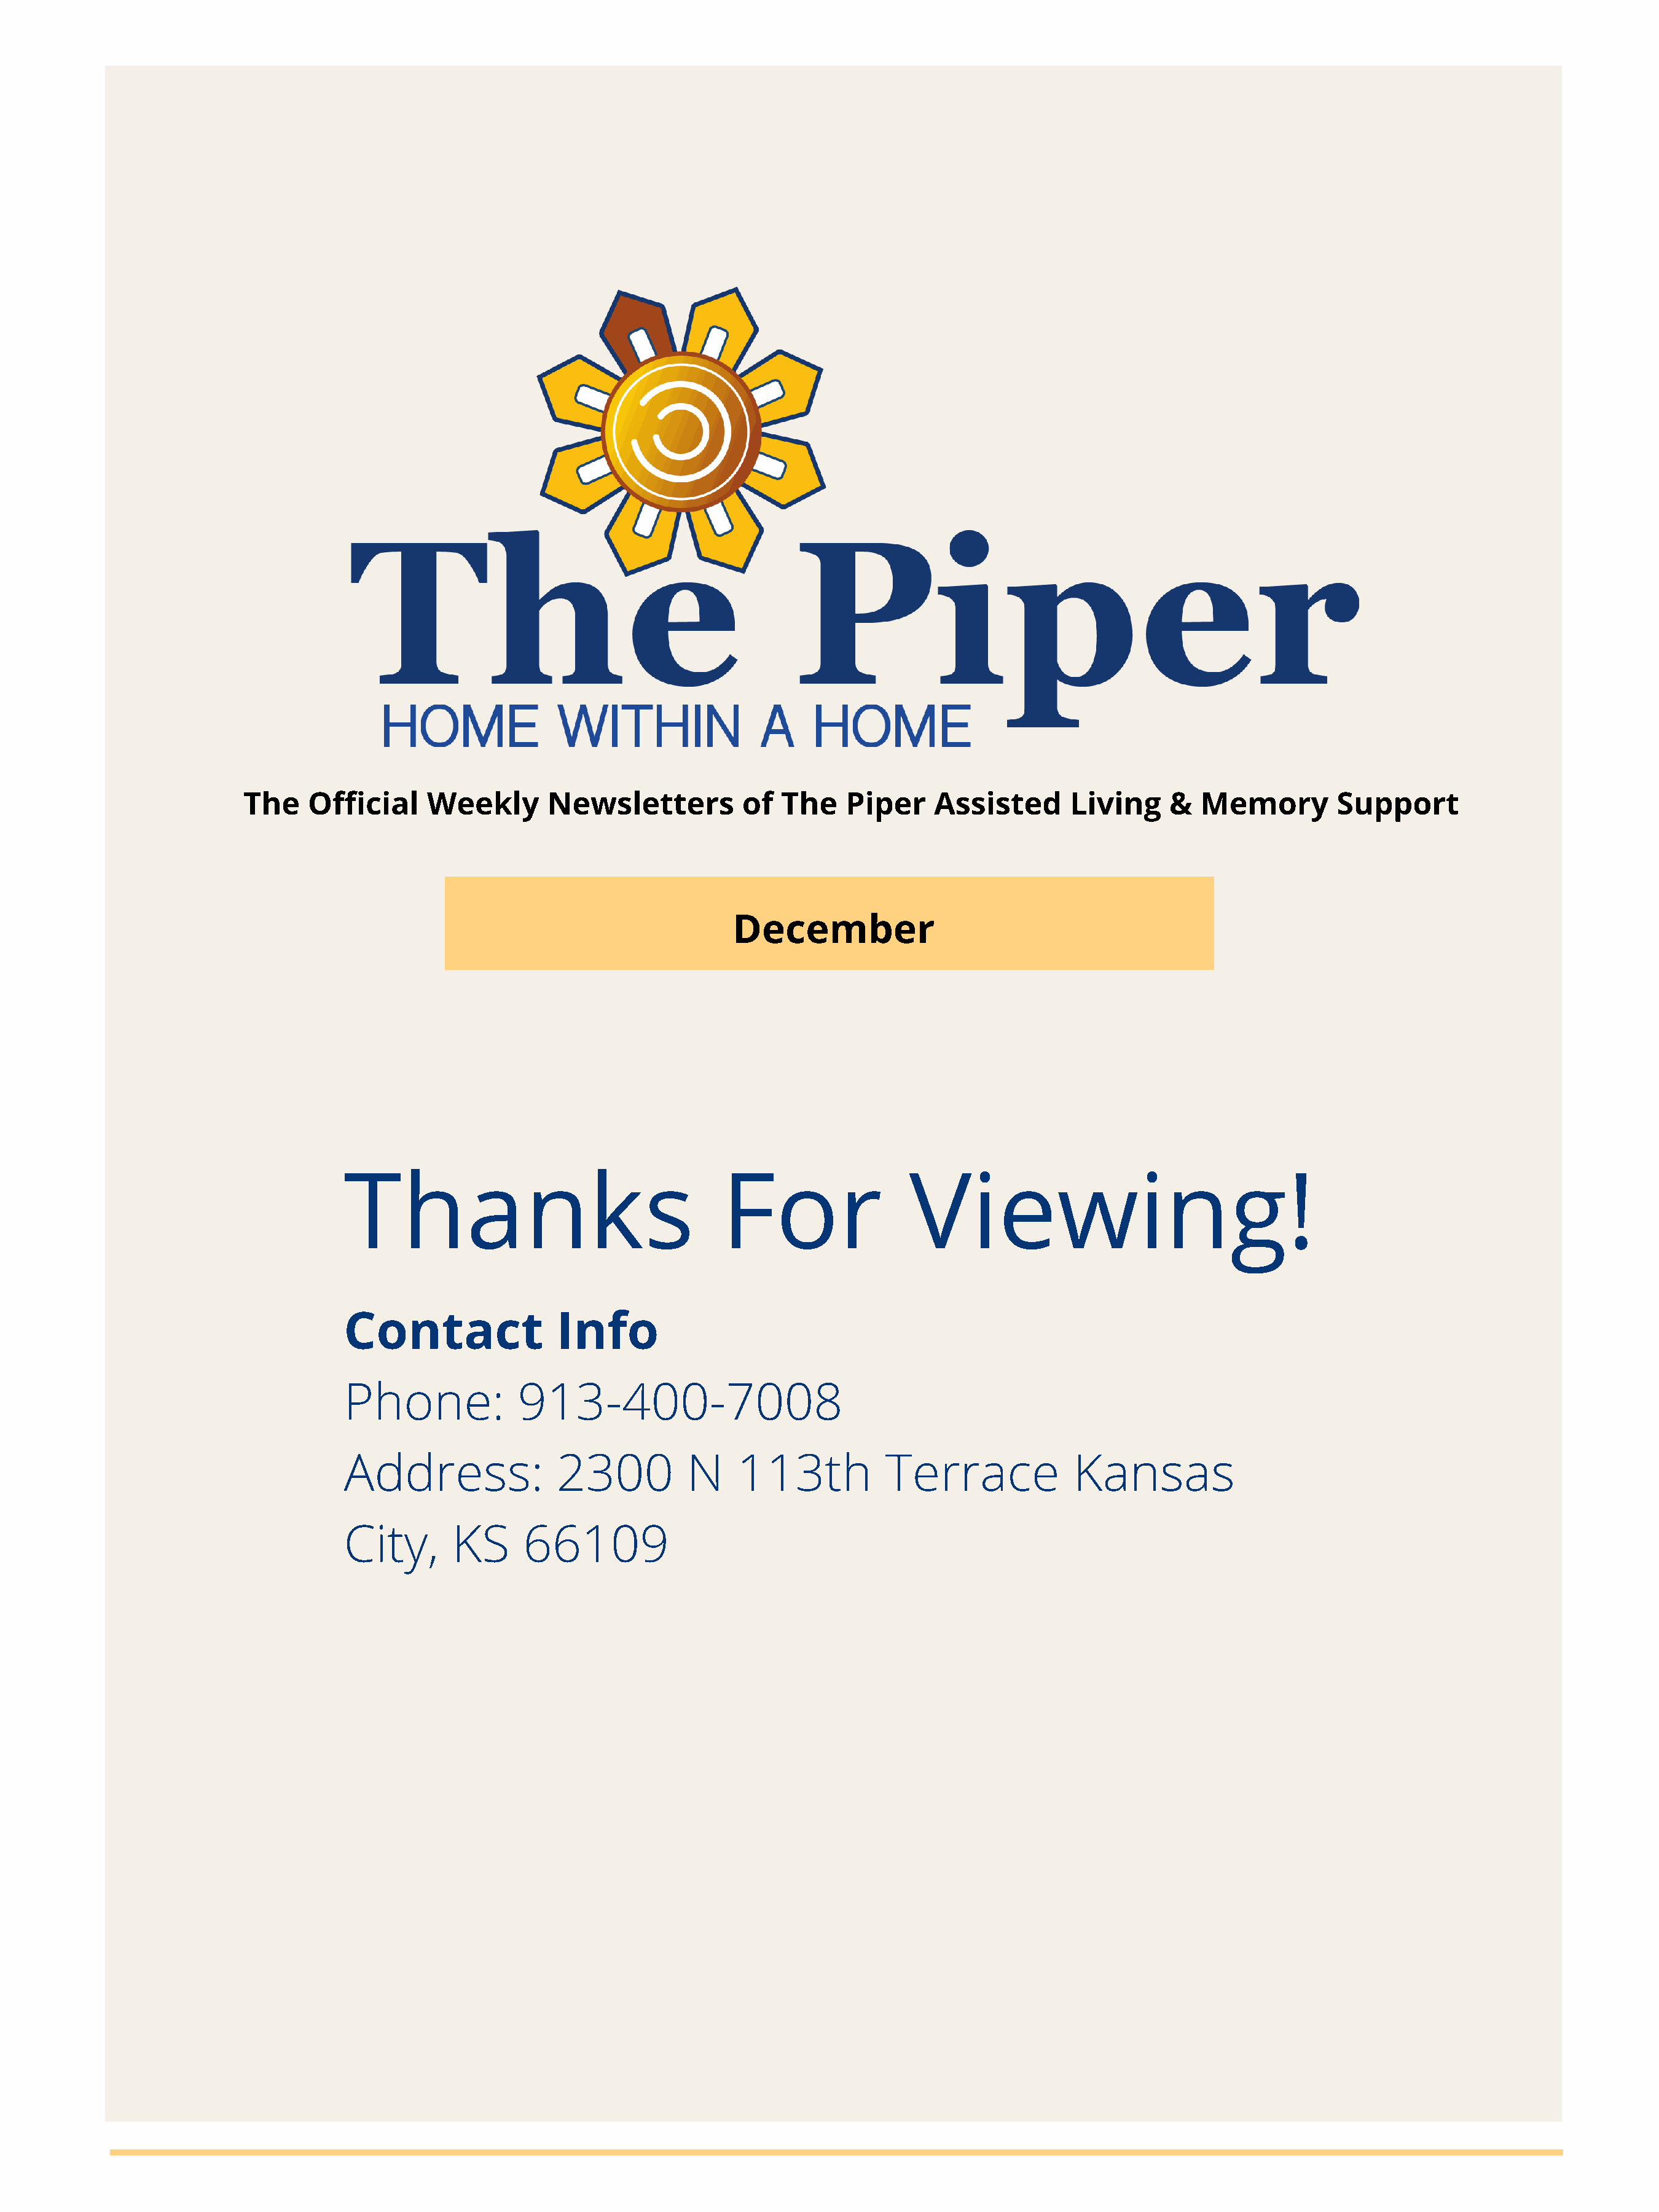
The    Official     Weekly       Newsletters          of  The    Piper     Assisted      Living     &  Memory         Support
 December
 Thanks                                   For                 Viewing!
 Contact                Info
 Phone:             913-400-7008
 Address:               2300          N    113th           Terrace              Kansas
 City,       KS     66109